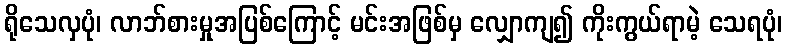
ရိုသေလှပုံ၊ လာဘ်စားမှုအပြစ်ကြောင့် မင်းအဖြစ်မှ လျှောကျ၍ ကိုးကွယ်ရာမဲ့ သေရပုံ၊